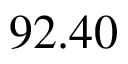
9 2 . 4 0 \